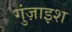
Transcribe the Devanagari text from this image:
गुंज़ाइश